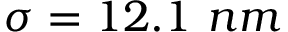
\sigma = 1 2 . 1 \ n m